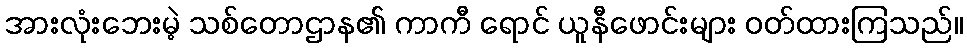
အားလုံးဘေးမဲ့ သစ်တောဌာန၏ ကာကီ ရောင် ယူနီဖောင်းများ ဝတ်ထားကြသည်။